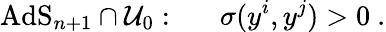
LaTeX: \mathrm{AdS}_{n+1}\cap{\cal U}_{0}:~~~~~~\sigma(y^{i},y^{j})>0~.